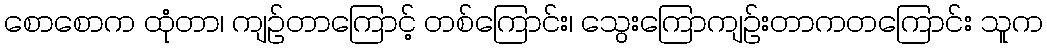
စောစောက ထုံတာ၊ ကျဉ်တာကြောင့် တစ်ကြောင်း၊ သွေးကြောကျဉ်းတာကတကြောင်း သူက